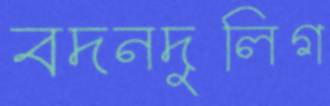
বদনদুলিগ